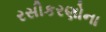
રસીકરણોના